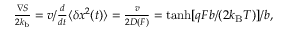
\begin{array} { r } { \frac { \nabla S } { 2 k _ { \mathrm { b } } } = v / \frac { d } { d t } \langle \delta x ^ { 2 } ( t ) \rangle = \frac { v } { 2 D ( F ) } = \operatorname { t a n h } [ q F b / ( 2 k _ { \mathrm { B } } T ) ] / b , } \end{array}